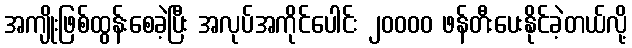
အကျိုးဖြစ်ထွန်းစေခဲ့ပြီး အလုပ်အကိုင်ပေါင်း ၂၀၀၀၀ ဖန်တီးပေးနိုင်ခဲ့တယ်လို့